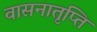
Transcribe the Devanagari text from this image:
वासनातृप्ति